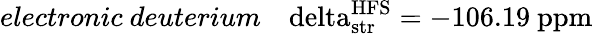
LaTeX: electronic~deuterium~~~\mathrm{\ delta_{str}^{HFS}=-106.19~ppm}